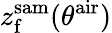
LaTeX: z_{\mathrm{f}}^{\mathrm{sam}}(\theta^{\mathrm{air}})